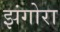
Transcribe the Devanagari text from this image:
झंगोरा